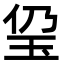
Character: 㺱